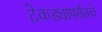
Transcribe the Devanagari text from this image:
टेकड्यापर्यंतचे